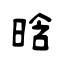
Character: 晗